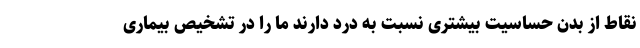
نقاط از بدن حساسیت بیشتری نسبت به درد دارند ما را در تشخیص بیماری